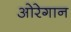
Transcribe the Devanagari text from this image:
ओरेगान